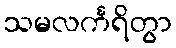
သမလင်္ကရိတွာ